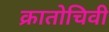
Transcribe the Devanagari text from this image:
क्रातोचिवी